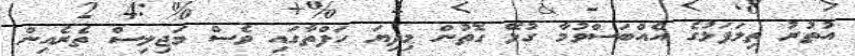
އުތުރު ތިލަފަޅުގެ އެއްބަސްވުމާ ގުޅޭ ގޮތުން މިދިޔަ ހަފްތާގައި ވެސް މަޖިލިސް ތެރެއިން